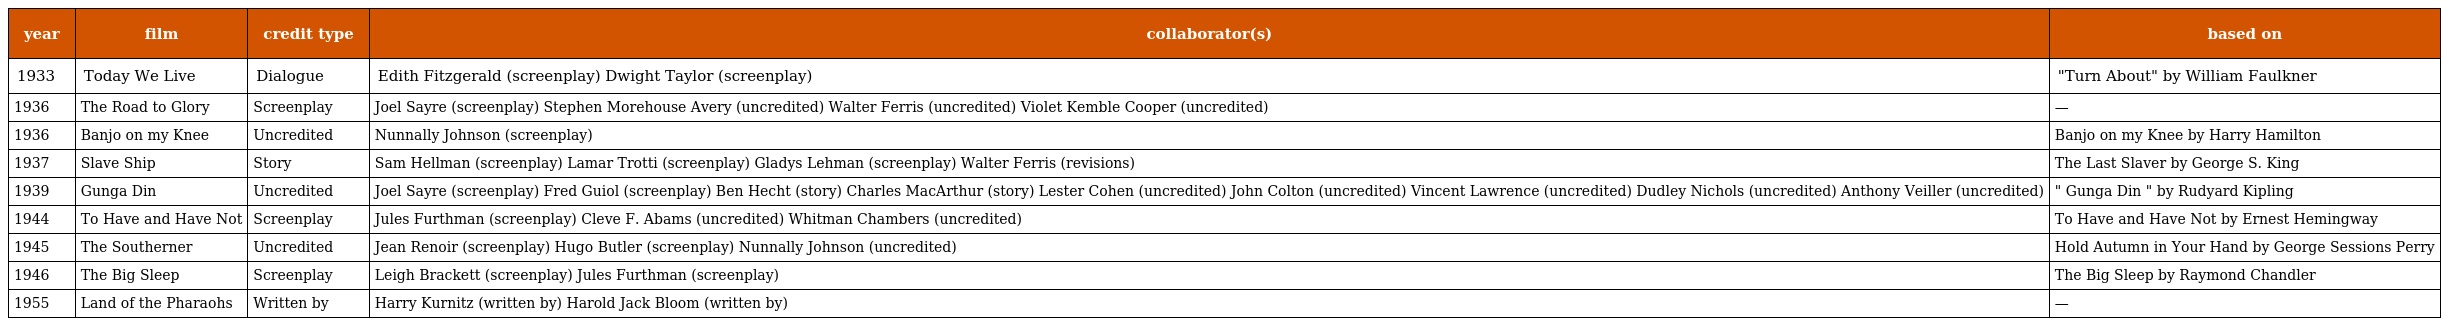
| year | film | credit type | collaborator(s) | based on |
 | --- | --- | --- | --- | --- |
 | 1933 | Today We Live | Dialogue | Edith Fitzgerald (screenplay) Dwight Taylor (screenplay) | "Turn About" by William Faulkner |
 | 1936 | The Road to Glory | Screenplay | Joel Sayre (screenplay) Stephen Morehouse Avery (uncredited) Walter Ferris (uncredited) Violet Kemble Cooper (uncredited) | — |
 | 1936 | Banjo on my Knee | Uncredited | Nunnally Johnson (screenplay) | Banjo on my Knee by Harry Hamilton |
 | 1937 | Slave Ship | Story | Sam Hellman (screenplay) Lamar Trotti (screenplay) Gladys Lehman (screenplay) Walter Ferris (revisions) | The Last Slaver by George S. King |
 | 1939 | Gunga Din | Uncredited | Joel Sayre (screenplay) Fred Guiol (screenplay) Ben Hecht (story) Charles MacArthur (story) Lester Cohen (uncredited) John Colton (uncredited) Vincent Lawrence (uncredited) Dudley Nichols (uncredited) Anthony Veiller (uncredited) | " Gunga Din " by Rudyard Kipling |
 | 1944 | To Have and Have Not | Screenplay | Jules Furthman (screenplay) Cleve F. Abams (uncredited) Whitman Chambers (uncredited) | To Have and Have Not by Ernest Hemingway |
 | 1945 | The Southerner | Uncredited | Jean Renoir (screenplay) Hugo Butler (screenplay) Nunnally Johnson (uncredited) | Hold Autumn in Your Hand by George Sessions Perry |
 | 1946 | The Big Sleep | Screenplay | Leigh Brackett (screenplay) Jules Furthman (screenplay) | The Big Sleep by Raymond Chandler |
 | 1955 | Land of the Pharaohs | Written by | Harry Kurnitz (written by) Harold Jack Bloom (written by) | — |